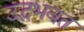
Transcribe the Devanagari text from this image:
उद्भभवत